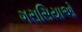
ગરાસિયાઓ